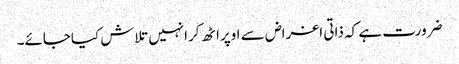
ضرورت ہے کہ ذاتی اغراض سے اوپراٹھ کرانہیں تلاش کیاجائے۔